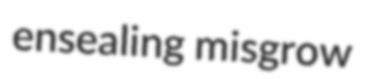
ensealing misgrow